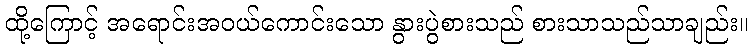
ထို့ကြောင့် အရောင်းအဝယ်ကောင်းသော နွားပွဲစားသည် စားသာသည်သာချည်း။